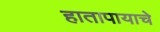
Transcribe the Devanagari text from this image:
हातापायाचे